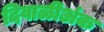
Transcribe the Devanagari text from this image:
दिवाळीअंक